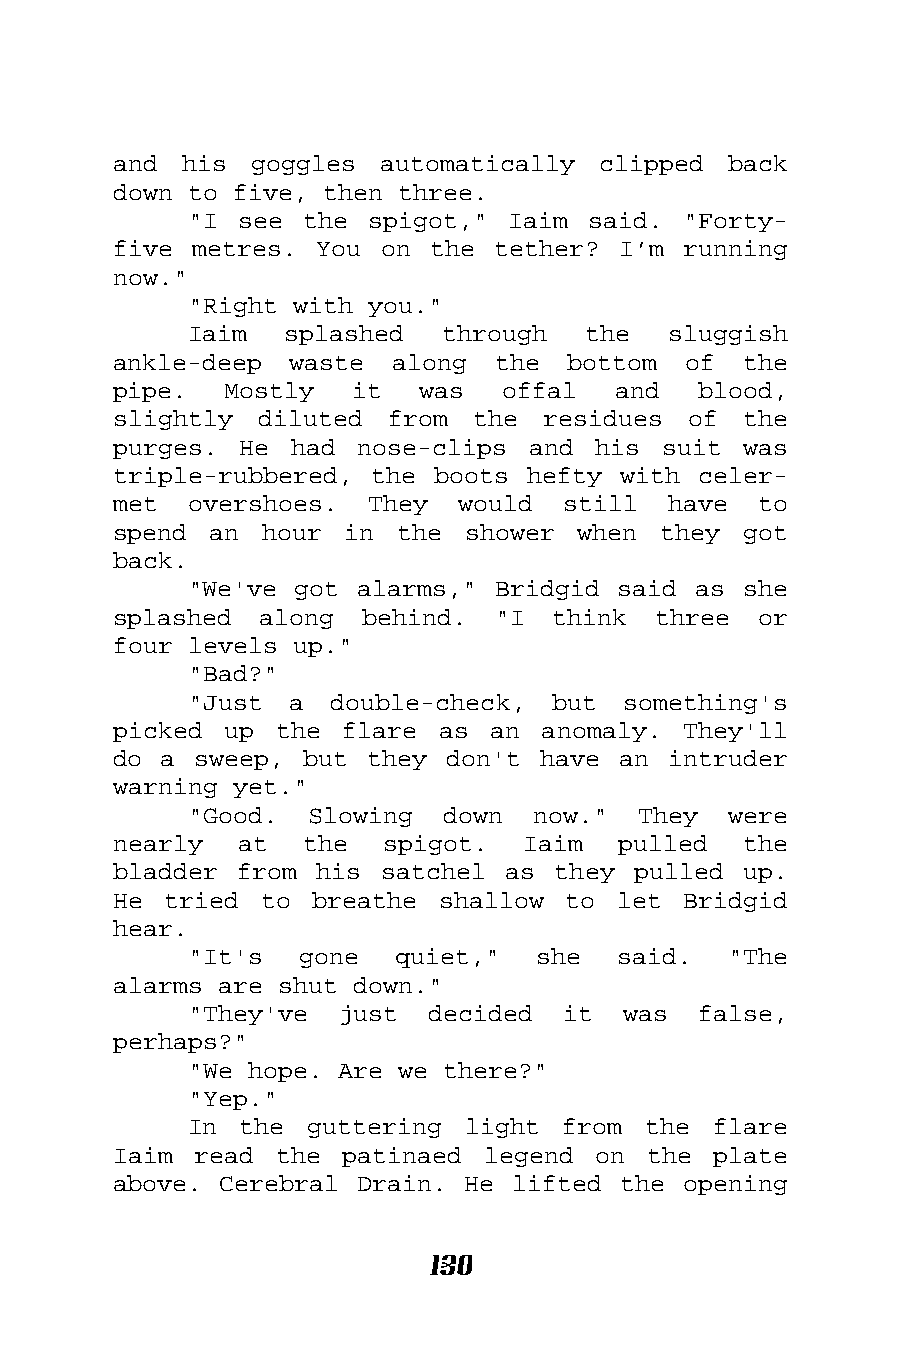
and his  goggles  automatically clipped  back
 down to five, then three.
 "I see the  spigot," Iaim said.  "Forty-
 five metres. You  on the tether? I’m  running
 now."
 "Right with you."
 Iaim  splashed   through  the   sluggish
 ankle-deep  waste along  the  bottom  of  the
 pipe.  Mostly   it  was   offal  and   blood,
 slightly diluted  from  the residues  of  the
 purges. He  had nose-clips and  his suit  was
 triple-rubbered, the boots hefty with  celer-
 met  overshoes.  They  would  still  have  to
 spend an  hour in  the shower  when they  got
 back.
 "We've got alarms," Bridgid said as  she
 splashed  along behind.  "I  think  three  or
 four levels up."
 "Bad?"
 "Just  a double-check,  but  something's
 picked up  the flare as  an anomaly.  They'll
 do a sweep,  but they don't have an  intruder
 warning yet."
 "Good.  Slowing  down  now."  They  were
 nearly  at  the   spigot.  Iaim  pulled   the
 bladder from his  satchel as they pulled  up.
 He tried  to breathe shallow  to let  Bridgid
 hear.
 "It's  gone   quiet,"  she  said.   "The
 alarms are shut down."
 "They've  just  decided  it  was  false,
 perhaps?"
 "We hope. Are we there?"
 "Yep."
 In the  guttering light  from the  flare
 Iaim read  the patinaed legend  on the  plate
 above. Cerebral Drain. He lifted the  opening
 130